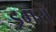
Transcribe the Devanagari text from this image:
ड्रमरों